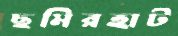
ছমিরহাট